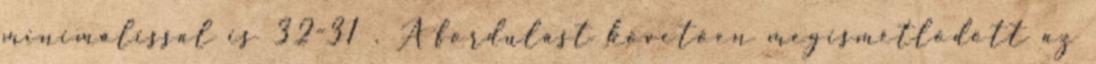
minimálissal is 32-31 . A fordulást követően megismétlődött az